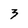
Character: 3